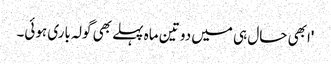
'ابھی حال ہی میں دو تین ماہ پہلے بھی گولہ باری ہوئی۔